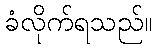
ခံလိုက်ရသည်။